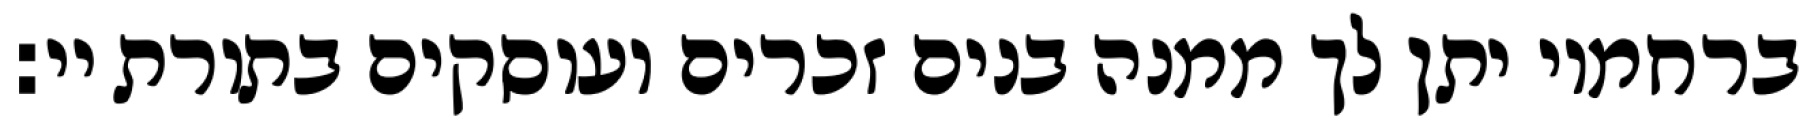
ברחמיו יתן לך ממנה בנים זכרים ועוסקים בתורת יי: